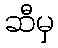
ဆီမှ